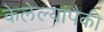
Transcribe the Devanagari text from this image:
केलेल्यांपैकी